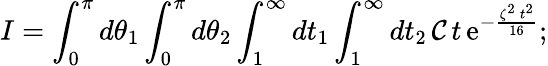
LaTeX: I=\int_{0}^{\pi}d\theta_{1}\int_{0}^{\pi}d\theta_{2}\int_{1}^{\infty}dt_{1}\int_{1}^{\infty}dt_{2}\, \mathcal{C}\, t\, \mathrm{{e}}^{-\frac{{\zeta^{2}\, t^{2}}}{{16}}};